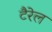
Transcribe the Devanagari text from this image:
टैरेल